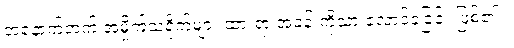
အနောက်ဘက် အမှိုက်သရိုက်များ ထားရာ အခန်းကိုသာ လောင်ခဲ့ခြင်း ဖြစ်၏ ။